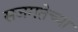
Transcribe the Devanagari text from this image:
सजगतेच्या